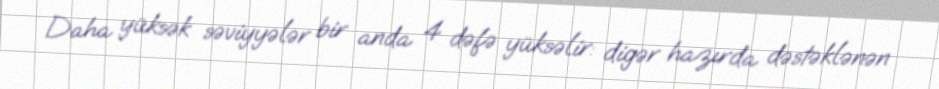
Daha yüksək səviyyələr bir anda 4 dəfə yüksəlir: digər hazırda dəstəklənən